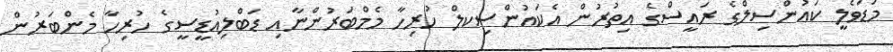
މަޑަވެލީ ކައުންސިލްގެ ރައީސްގެ އިތުރުން އެކައުންސިކލް ހުރިހާ މެމްބަރުންނާއި ޑަބްލިއުޑީސީގެ ހުރިހާ މެންބަރުން